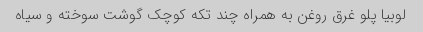
لوبیا پلو غرق روغن به همراه چند تکه کوچک گوشت سوخته و سیاه